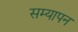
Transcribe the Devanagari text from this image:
सम्यापन